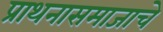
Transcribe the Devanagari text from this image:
प्राथनासमाजाचे